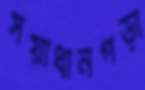
সয়াধানগড়া